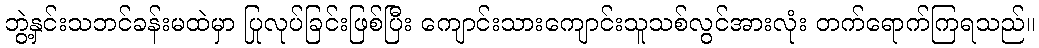
ဘွဲ့နှင်းသဘင်ခန်းမထဲမှာ ပြုလုပ်ခြင်းဖြစ်ပြီး ကျောင်းသားကျောင်းသူသစ်လွင်အားလုံး တက်ရောက်ကြရသည်။